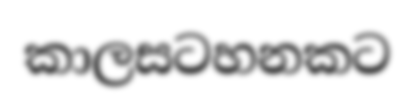
කාලසටහනකට